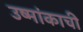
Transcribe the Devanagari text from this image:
उष्मांकाची